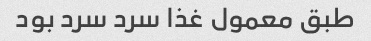
طبق معمول غذا سرد سرد بود